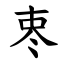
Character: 栆